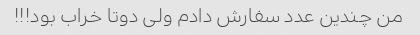
من چندین عدد سفارش دادم ولی دوتا خراب بود!!!